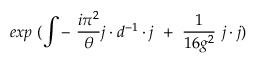
e x p ~ ( \int - ~ { \frac { i \pi ^ { 2 } } { \theta } } j \cdot d ^ { - 1 } \cdot j { } ~ + ~ { \frac { 1 } { 1 6 g ^ { 2 } } } ~ j \cdot j )